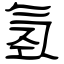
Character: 氢